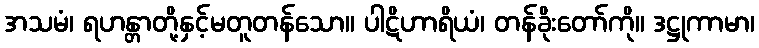
အသမံ၊ ရဟန္တာတို့နှင့်မတူတန်သော။ ပါဋိဟာရိယံ၊ တန်ခိုးတော်ကို။ ဒဋ္ဌုကာမာ၊